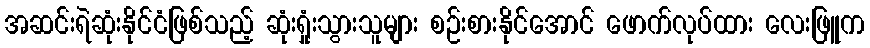
အဆင်းရဲဆုံးနိုင်ငံဖြစ်သည့် ဆုံးရှုံးသွားသူများ စဉ်းစားနိုင်အောင် ဖောက်လုပ်ထား လေးဖြူက